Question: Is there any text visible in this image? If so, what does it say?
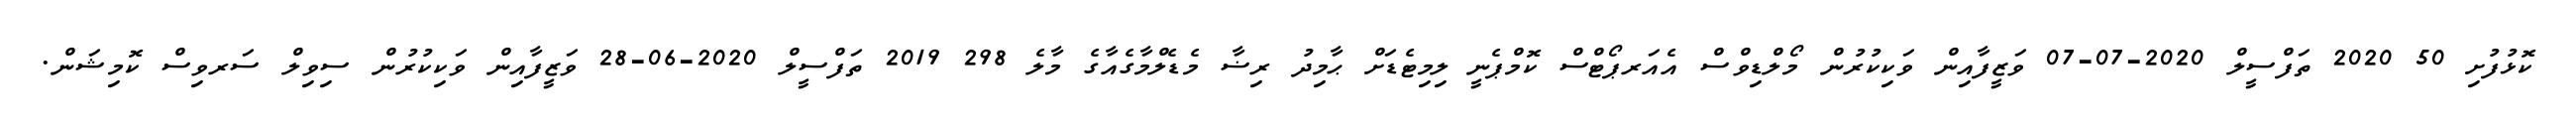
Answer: ކޮޅުފުށި 50 2020 ތަފްސީލް 2020-07-07 ވަޒީފާއިން ވަކިކުރުން މޯލްޑިވްސް އެއަރޕޯޓްސް ކޮމްޕެނީ ލިމިޓެޑަށް ޙާމިދު ރިޟާ މެޑެލްމާގެއާގެ މާލެ 298 2019 ތަފްސީލް 2020-06-28 ވަޒީފާއިން ވަކިކުރުން ސިވިލް ސަރވިސް ކޮމިޝަން.